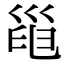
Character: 𢀀